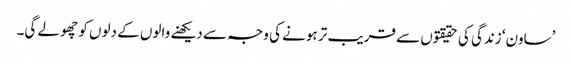
’ساون‘ زندگی کی حقیقتوں سے قریب تر ہونے کی وجہ سے دیکھنے والوں کے دلوں کو چھو لے گی۔